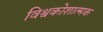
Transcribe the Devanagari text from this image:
विश्वकोशात्मक